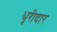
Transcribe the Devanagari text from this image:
धूरीदार